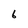
Character: 6